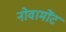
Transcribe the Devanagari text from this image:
नोवामोंट